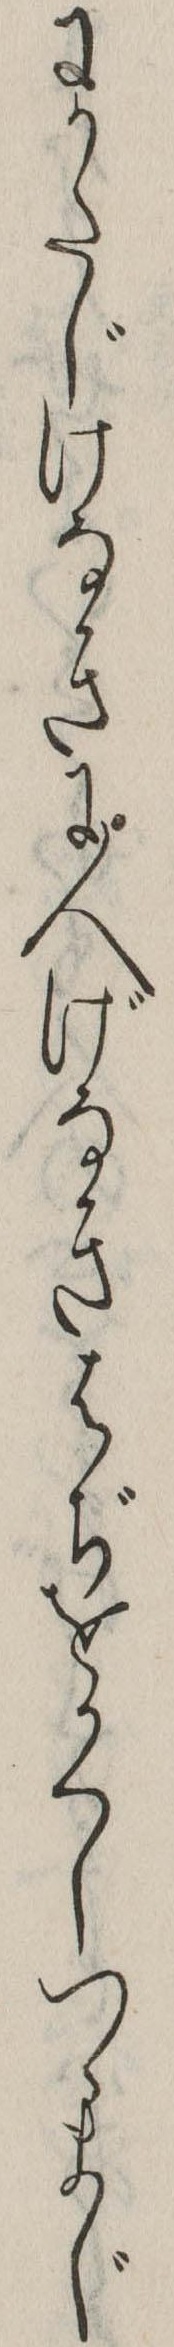
にかたじけなきに人げなきはぢをかくしつゝまじ